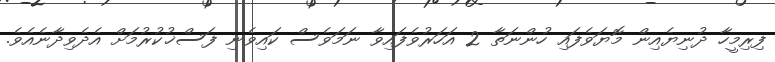
ފިރިމީހާ ދުނިޔެއިން މޮޔަވެފައި ހުންނަތާ 2 އަހަރުވެފައިވާ ނަމަވެސް ކައިވެނި ފަސްޚުކުރުމަށް އެދެވިދާނެއެވެ.